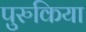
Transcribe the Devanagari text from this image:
पुरुकिया